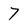
Character: 7